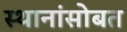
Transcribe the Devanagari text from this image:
स्थानांसोबत